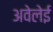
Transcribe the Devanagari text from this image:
अवेलेई